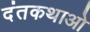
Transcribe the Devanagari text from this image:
दंतकथाओ